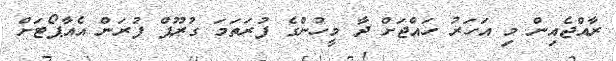
ރާއްޖެއިން މި އަހަރު ހައްޖަށް ދާ މީހުންގެ ފުރަތަމަ ގުރޫޕް ފުރަން އެއާޕޯޓަށް